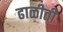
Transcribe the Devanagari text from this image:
ढाळीती